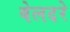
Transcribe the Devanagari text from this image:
बेलदरे